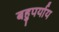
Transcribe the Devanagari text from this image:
बहुपर्याय